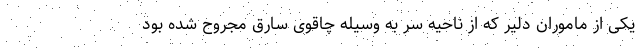
یکی از ماموران دلیر که از ناحیه سر به وسیله چاقوی سارق مجروح شده بود